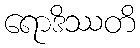
ရောဒိဿတိ